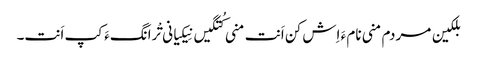
بلکین مردم منی نام ءَ اِش کن اَنت منی کُتگیں نِیکیانی تْرانگءَ کپ اَنت۔